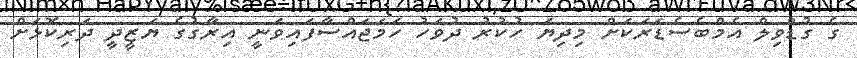
ގެ ގުޑްވިލް އެމްބެސެޑަރަކަށް މިދިޔަ ހުކުރު ދުވަހު ހަމަޖައްސާފައިވަނީ އިރާގުގެ ޔަޒީދީ ދަރިކޮޅަށް